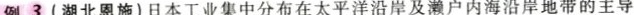
例3(湖北恩施)日本工业集中分布在太平洋沿岸及濑户内海沿岸地带的主导